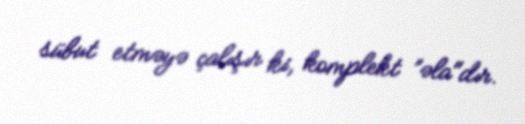
sübut etməyə çalışır ki, komplekt ”əla"dır.